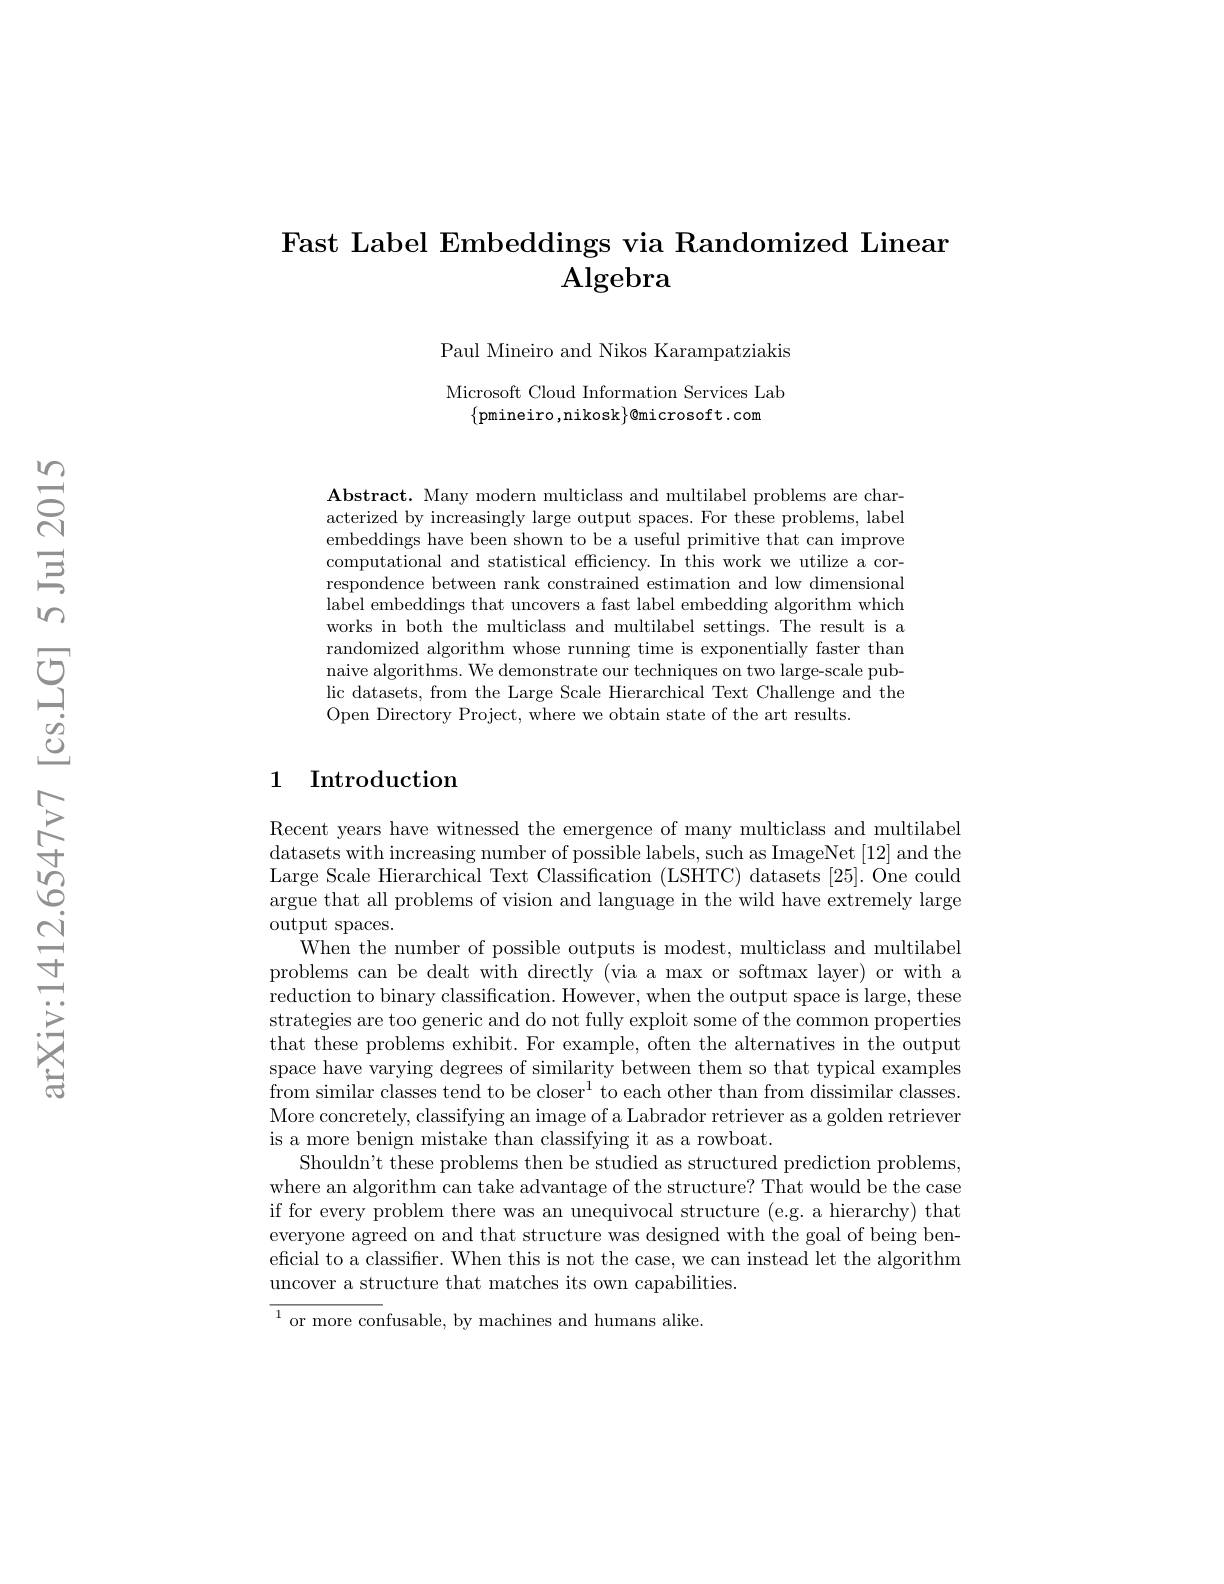
### Fast Label Embeddings via Randomized Linear $\mathbf{Algebra}$

Paul Mineiro and Nikos Karampatziakis

Microsoft Cloud Information Services Lab
$\{$pmineiro,nikosk$\}@$microsoft.com

Abstract. Many modern multiclass and multilabel problems are characterized by increasingly large output spaces. For these problems, label embeddings have been shown to be a useful primitive that can improve computational and statistical efficiency. In this work we utilize a correspondence between rank constrained estimation and low dimensional label embeddings that uncovers a fast label embedding algorithm which works in both the multiclass and multilabel settings. The result is a randomized algorithm whose running time is exponentially faster than naive algorithms. We demonstrate our techniques on two large-scale public datasets, from the Large Scale Hierarchical Text Challenge and the Open Directory Project, where we obtain state of the art results.

### 1 Introduction

Recent years have witnessed the emergence of many multiclass and multilabel datasets with increasing number of possible labels, such as ImageNet [12] and the Large Scale Hierarchical Text Classification (LSHTC) datasets [25]. One could argue that all problems of vision and language in the wild have extremely large output spaces.
When the number of possible outputs is modest, multiclass and multilabel problems can be dealt with directly (via a max or softmax layer) or with a reduction to binary classification. However, when the output space is large, these strategies are too generic and do not fully exploit some of the common properties that these problems exhibit. For example, often the alternatives in the output space have varying degrees of similarity between them so that typical examples from similar classes tend to be closer$^1$ to each other than from dissimilar classes. More concretely, classifying an image of a Labrador retriever as a golden retriever is a more benign mistake than classifying it as a rowboat.
Shouldn't these problems then be studied as structured prediction problems, where an algorithm can take advantage of the structure? That would be the case if for every problem there was an unequivocal structure (e.g. a hierarchy) that everyone agreed on and that structure was designed with the goal of being beneficial to a classifier. When this is not the case, we can instead let the algorithm uncover a structure that matches its own capabilities.
${\overline{{^{1}\text{or more con}}}}$fusable, by machines and humans alike.